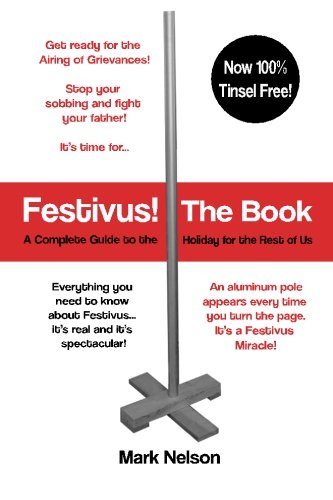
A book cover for Festivus! The Book: A Complete Guide to the Holiday for the Rest of Us; Mark R. Nelson; Politics & Social Sciences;